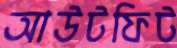
আউটফিট